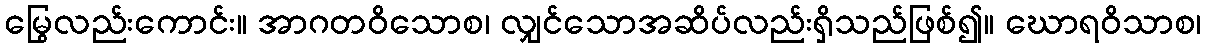
မြွေလည်းကောင်း။ အာဂတဝိသောစ၊ လျှင်သောအဆိပ်လည်းရှိသည်ဖြစ်၍။ ဃောရဝိသာစ၊